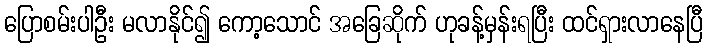
ပြောစမ်းပါဦး မလာနိုင်၍ ကော့သောင် အခြေဆိုက် ဟုခန့်မှန်းရပြီး ထင်ရှားလာနေပြီ